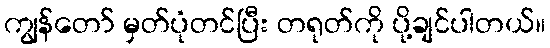
ကျွန်တော် မှတ်ပုံတင်ပြီး တရုတ်ကို ပို့ချင်ပါတယ်။